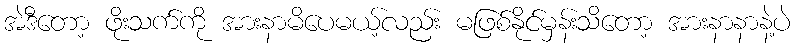
အဲဒီတော့ ဖိုးသက်ကို အားနာမိပေမယ့်လည်း မဖြစ်နိုင်မှန်းသိတော့ အားနာနာနဲ့ပဲ